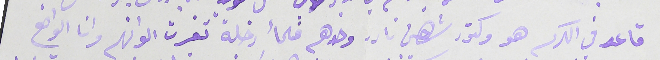
قاعد في الكرسه هو دكتور شاهين نادر وحدهم فلمأ دخلة تغيرت الوانهم وانا الواضع